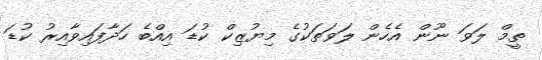
ތީމް ލަވަ ނޫން އެހެން ލަވަތަކުގެ މިޔުޒިކް ކުޑަ އިއްބެ ހަދާފައިވާއިރު ކުޑަ